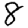
Digit: 8